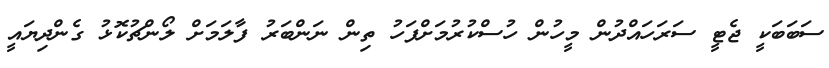
ސަބަބަކީ ޖެޓީ ސަރަހައްދުން މީހުން ހުސްކުރުމަށްފަހު ތިން ނަންބަރު ފާލަމަށް ލޯންޗުކޮޅު ގެންދިޔައީ